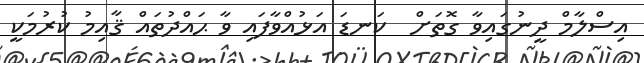
އިސްލާމް ދީނުގައިވާ ގޮތަށް  ކަނޑަ އަޅުއްވާފައި ވާ ޙައްދުތައް ޤާއިމު ކުރުމަކީ